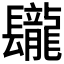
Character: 𨳁